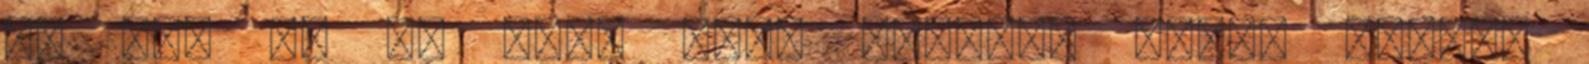
VE KON BO 99 Kft. 8456 Noszlop Dózsa György